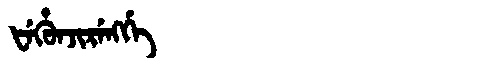
Manchu: ᡶᡝᡥᡠᠨᠵᡳᡵᡝᠩᡤᡝ
Romanization: FEHUNJIRENGGE